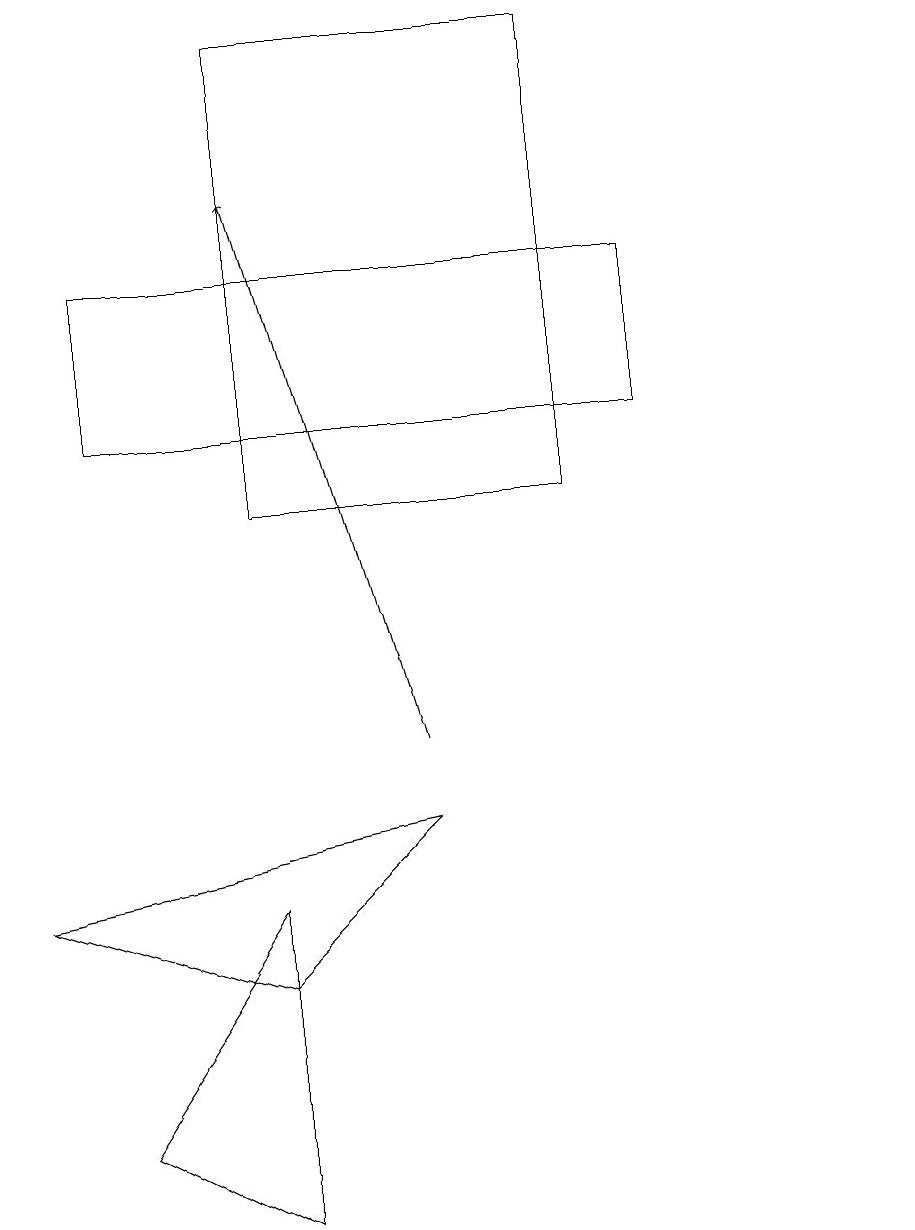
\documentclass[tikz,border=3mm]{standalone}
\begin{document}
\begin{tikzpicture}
\draw[->] (5,10) -- (3,17);
\draw (5,9) -- (0,8) -- (3,7) -- cycle;
\draw (3,13) rectangle (7,19);
\draw (8,16) rectangle (1,14);
\draw (1,5) -- (3,8) -- (3,4) -- cycle;
\draw (11,10) circle (0);
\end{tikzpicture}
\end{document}